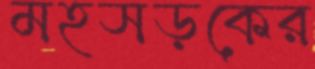
মহসড়কের